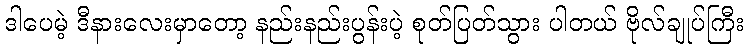
ဒါပေမဲ့ ဒီနားလေးမှာတော့ နည်းနည်းပွန်းပဲ့ စုတ်ပြတ်သွား ပါတယ် ဗိုလ်ချုပ်ကြီး